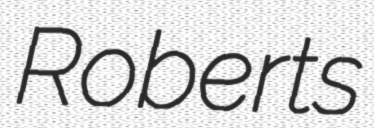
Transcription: Roberts